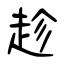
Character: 趁